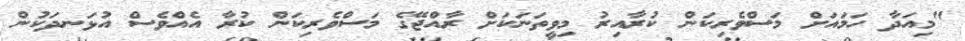
"މިއަދާ ހަމައަށް މަސްވެރިކަން ކުރާއިރު މިވީތަނަކަށް ރާއްޖޭގެ މަސްވެރިކަން ކުރާ އެއްވެސް އުޅަނދަކުން